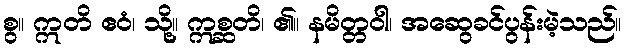
စွ။ ဣတိ ဧဝံ၊ သို့။ ဣစ္ဆတိ၊ ၏။ နမိတ္တဝါ၊ အဆွေခင်ပွန်းမဲ့သည်။